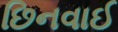
છિનવાઈ